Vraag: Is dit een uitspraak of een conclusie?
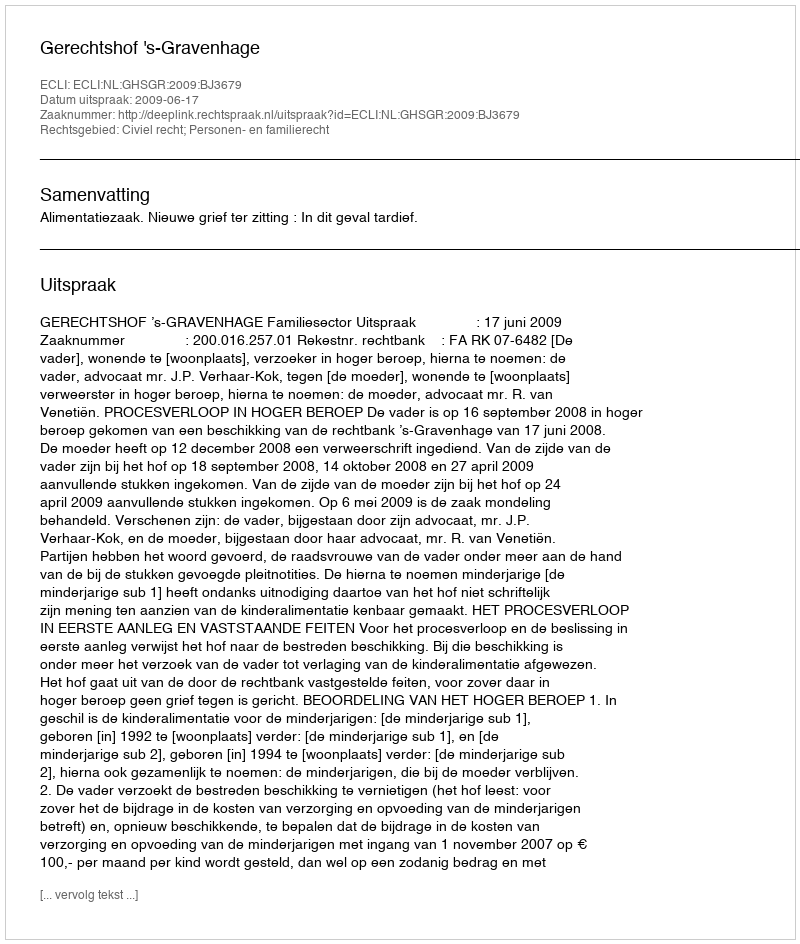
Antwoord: Uitspraak